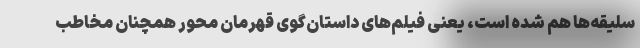
سلیقه‌ها هم شده است، یعنی فیلم‌های داستان‌گوی قهرمان محور همچنان مخاطب